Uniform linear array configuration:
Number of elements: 32
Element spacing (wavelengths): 0.5
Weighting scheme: kaiser
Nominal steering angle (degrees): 60
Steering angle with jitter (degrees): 59.417
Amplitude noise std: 0.05
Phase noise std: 0.05

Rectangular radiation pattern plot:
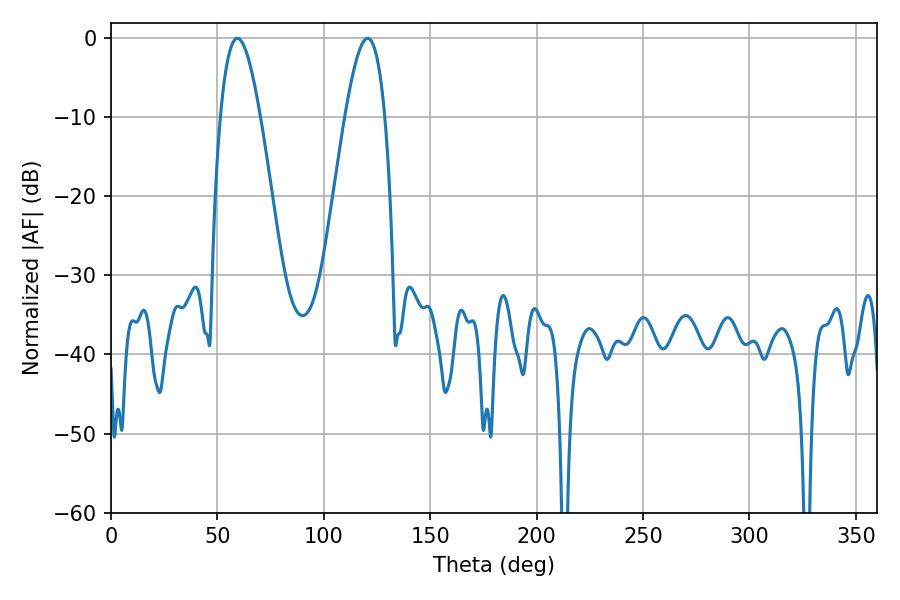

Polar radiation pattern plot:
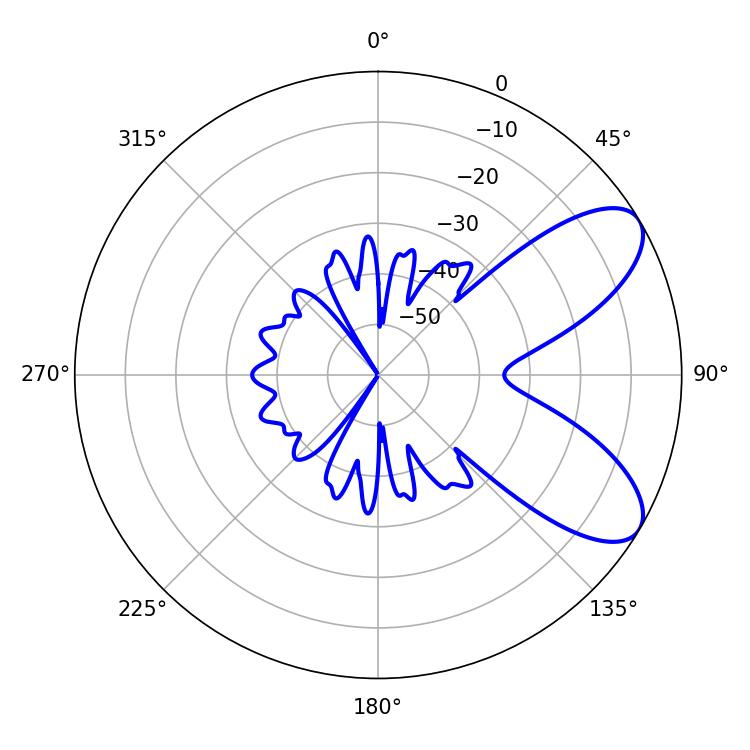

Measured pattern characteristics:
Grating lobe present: FALSE
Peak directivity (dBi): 7.778
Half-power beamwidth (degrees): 10.26
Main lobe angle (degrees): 59.4